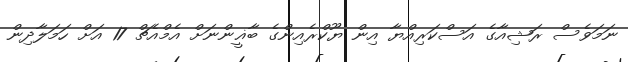
ނަމަވެސް ރަޝިއާގެ އަސްކަރިއްޔާ އިން ޔޫކްރެއިންގެ ބާޣީންނަށް އެމްއެޗް 17 އަށް ހަމަލާދިން